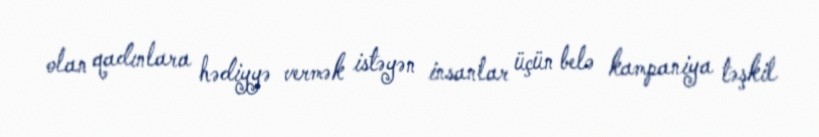
olan qadınlara hədiyyə vermək istəyən insanlar üçün belə kampaniya təşkil